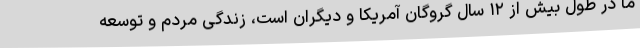
ما در طول بیش از ۱۲ سال گروگان آمریکا و دیگران است، زندگی مردم و توسعه